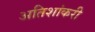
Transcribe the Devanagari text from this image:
अतिशांकरी